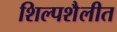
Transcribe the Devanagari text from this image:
शिल्पशैलीत